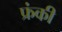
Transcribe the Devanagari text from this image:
फ्रंकी